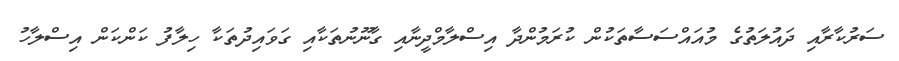
ސަރުކާރާއި ދައުލަތުގެ މުއައްސަސާތަކުން ކުރަމުންދާ އިސްލާމްދީނާއި ގާނޫނުތަކާއި ގަވައިދުތަކާ ހިލާފު ކަންކަން އިސްލާހު